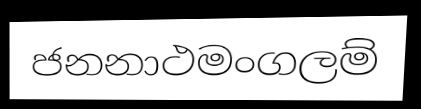
ජනනාථමංගලම්